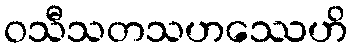
ဝသီသတသဟဿေဟိ